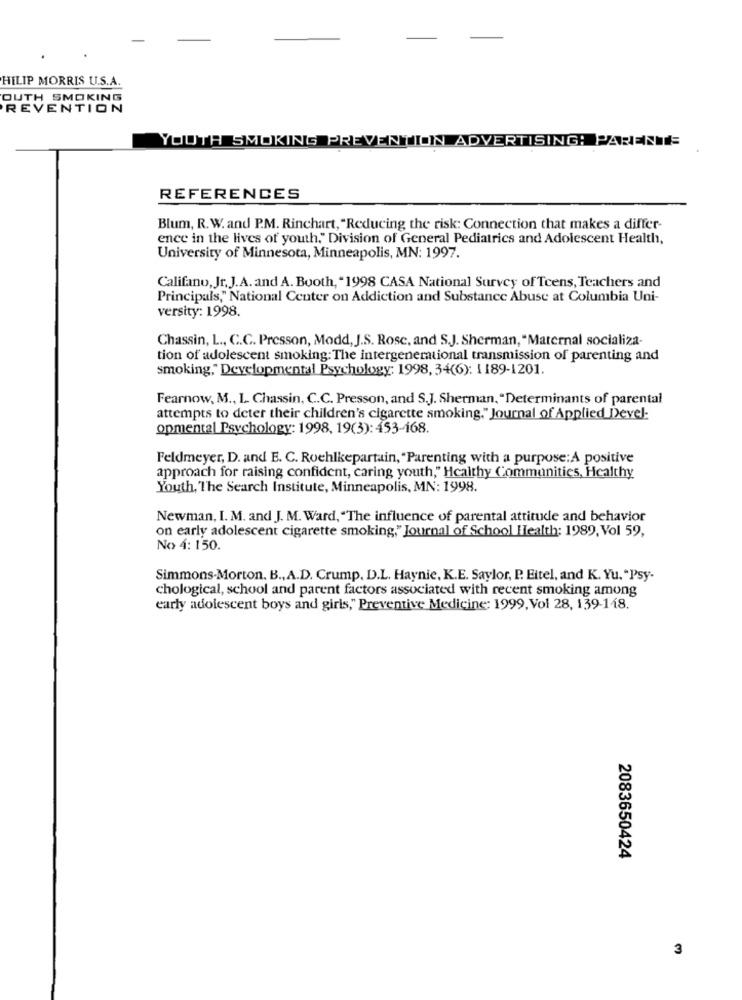
PHILIP MORRIS U.S.A.
OUTH SMOKING
REVENTION
YOUTH SMOKING PREVENTION ADVERTISING: PARENTS
REFERENCES
Blum, R. W. and P.M. Rinchart, "Reducing the risk: Connection that makes a differ-
ence in the lives of youth." Division of General Pediatrics and Adolescent Health,
University of Minnesota, Minneapolis, MN: 1997.
Califano, Jr, J.A. and A. Booth, "1998 CASA National Survey of Teens, Teachers and
Principals," National Center on Addiction and Substance Abuse at Columbia Uni-
versity: 1998.
Chassin, L ., C.C. Presson, Modd, J.S. Rose, and S.J. Sherman,"Maternal socializa-
tion of adolescent smoking: The intergenerational transmission of parenting and
smoking," Developmental Psychology: 1998, 34(6): 1189-1201.
Fearnow, M ., 1. Chassin, C.C. Presson, and S.J. Sherman,"Determinants of parental
attempts to deter their children's cigarette smoking." Journal of Applied Devel-
opmental Psychology: 1998, 19(3): 453-168.
Feldmeyer, D. and E. C. Rochlkepartain, "Parenting with a purpose:A positive
approach for raising confident, caring youth," Healthy Communities, Healthy
Youth, The Search Institute, Minneapolis, MN: 1998.
Newman, I. M. and J. M. Ward, "The influence of parental attitude and behavior
on early adolescent cigarette smoking," Journal of School Health: 1989, Vol 59,
No 4: 150.
Simmons-Morton. B ., A.D. Crump, D.L. Haynie, K.E. Saylor, P. Eitel, and K. Yu."Psy-
chological, school and parent factors associated with recent smoking among
early adolescent boys and girls," Preventive Medicine: 1999, Vol 28, 139-118.
2083650424
3